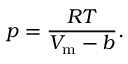
p = { \frac { R T } { V _ { \mathrm { m } } - b } } .